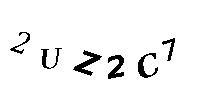
2UZ2C7